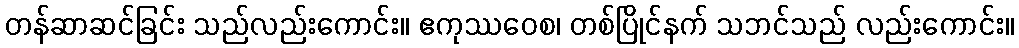
တန်ဆာဆင်ခြင်း သည်လည်းကောင်း။ ဧကုဿဝေစ၊ တစ်ပြိုင်နက် သဘင်သည် လည်းကောင်း။